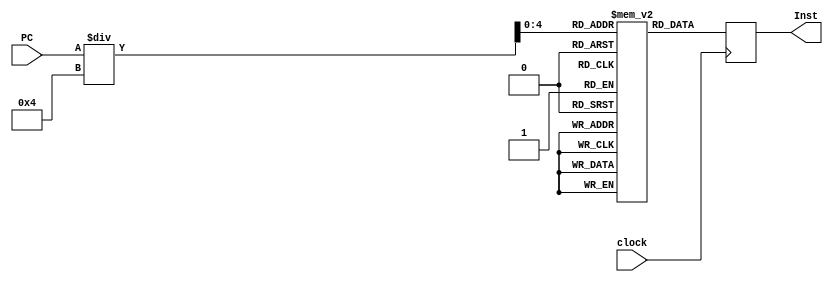
module Instruction_Memory(Inst, PC, clock);
	input[31:0] PC;
	input clock;
	output reg [31:0] Inst;
	reg [31:0] memory [0:31];
	
  integer addr;
  initial begin
    memory[0] = 32'b00000000000000000000000000000000;  // nop
    memory[1] = 32'b00000000000000000000000000000000;  // nop
    memory[2] = 32'b00000000000000000000000000000000;  // nop
    memory[3] = 32'b10001100000100010000000000001000;  // lw  $s1($17), 8($0)
    memory[4] = 32'b10001100000100100000000000000100;  // lw  $s2($18), 4($0)
    memory[5] = 32'b00000010001100100100000000100000;  // add $t0($8), $s1($17), $s2($18)
    memory[6] = 32'b00000000000000000000000000000000;  // nop
    memory[7] = 32'b00000000000000000000000000000000;  // nop
    memory[8] = 32'b00000000000000000000000000000000;  // nop
    memory[9] = 32'b00000000000000000000000000000000;  // nop
    memory[10]= 32'b00000000000000000000000000000000;  // nop
    memory[11]= 32'b00000000000000000000000000000000;  // nop
    memory[12]= 32'b00000000000000000000000000000000;  // nop
    memory[13]= 32'b00000000000000000000000000000000;  // nop
    memory[14]= 32'b00000000000000000000000000000000;  // nop
    memory[15]= 32'b00000000000000000000000000000000;  // nop
    memory[16]= 32'b00000000000000000000000000000000;  // nop
    memory[17]= 32'b00000000000000000000000000000000;  // nop
    memory[18]= 32'b00000000000000000000000000000000;  // nop 
    memory[19]= 32'b00000000000000000000000000000000;  // nop
    memory[20]= 32'b00000000000000000000000000000000;  // nop
    memory[21]= 32'b00000000000000000000000000000000;  // nop
    memory[22]= 32'b00000000000000000000000000000000;  // nop
    memory[23]= 32'b00000000000000000000000000000000;  // nop
    memory[24]= 32'b00000000000000000000000000000000;  // nop
    memory[25]= 32'b00000000000000000000000000000000;  // nop
    memory[26]= 32'b00000000000000000000000000000000;  // nop
    memory[27]= 32'b00000000000000000000000000000000;  // nop
    memory[28]= 32'b00000000000000000000000000000000;  // nop 
    memory[29]= 32'b00000000000000000000000000000000;  // nop
    memory[30]= 32'b00000000000000000000000000000000;  // nop
    memory[31]= 32'b00000000000000000000000000000000;  // nop
  end
  always @(posedge clock) begin
    addr = PC;
    Inst = memory[addr/4];
	end
endmodule